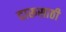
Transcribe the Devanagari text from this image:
दारूसाठी